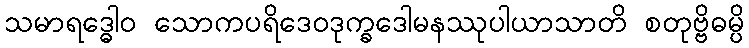
သမာရဒ္ဓေါဝ သောကပရိဒေဝဒုက္ခဒေါမနဿုပါယာသာတိ စတုဗ္ဗိဓမ္ပိ